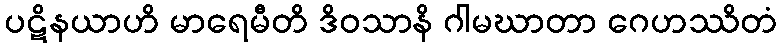
ပဋိနယာဟိ မာရေမီတိ ဒိဝသာနိ ဂါမဃာတာ ဂေဟဿိတံ